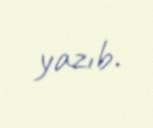
yazıb.